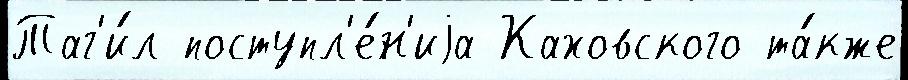
Таг'и́л поступл'е́н'иjа Каховского та́кже